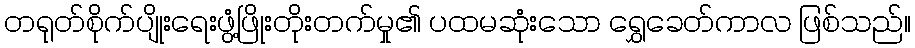
တရုတ်စိုက်ပျိုးရေးဖွံ့ဖြိုးတိုးတက်မှု၏ ပထမဆုံးသော ရွှေခေတ်ကာလ ဖြစ်သည်။